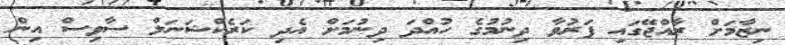
ނިޒާމަށް ރާއްޖޭގައި ފަރުވާ ދިނުމުގެ ހުއްދަ ދިނުމަށް އެދި ކަރެކްޝަނަލް ސާވިސް އިން